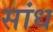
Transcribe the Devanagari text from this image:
सांध